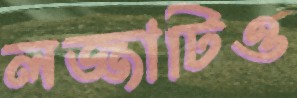
লজ্জাটিও